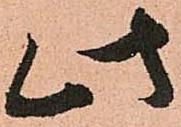
此